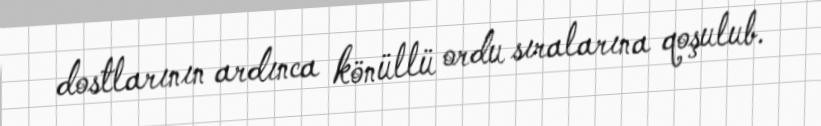
dostlarının ardınca könüllü ordu sıralarına qoşulub.